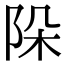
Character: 𨹄